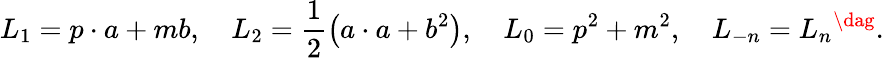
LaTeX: L_{1}=p\cdot a+mb,\quad L_{2}=\frac 12\left(a\cdot a+b^{2}\right),\quad L_{0}=p^{2}+m^{2},\quad L_{-n}=L_{n}{}^{\dag}.